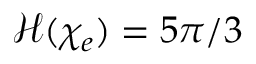
\mathcal { H } ( \chi _ { e } ) = 5 \pi / 3